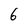
Character: 6